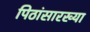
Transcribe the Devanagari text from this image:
पिठांसारख्या